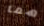
هما